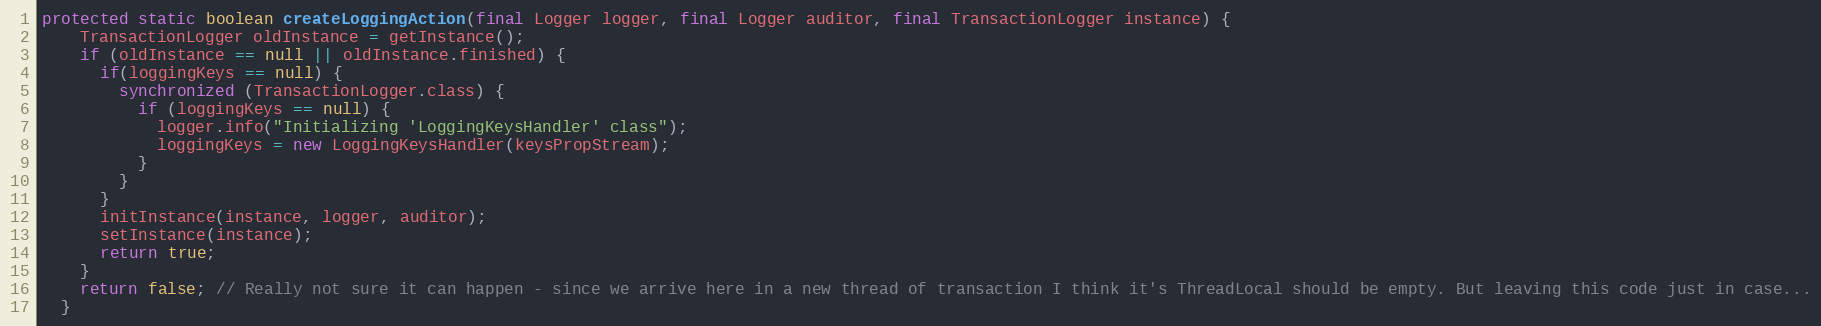
Language: Java
protected static boolean createLoggingAction(final Logger logger, final Logger auditor, final TransactionLogger instance) {
    TransactionLogger oldInstance = getInstance();
    if (oldInstance == null || oldInstance.finished) {
      if(loggingKeys == null) {
        synchronized (TransactionLogger.class) {
          if (loggingKeys == null) {
            logger.info("Initializing 'LoggingKeysHandler' class");
            loggingKeys = new LoggingKeysHandler(keysPropStream);
          }
        }
      }
      initInstance(instance, logger, auditor);
      setInstance(instance);
      return true;
    }
    return false; // Really not sure it can happen - since we arrive here in a new thread of transaction I think it's ThreadLocal should be empty. But leaving this code just in case...
  }